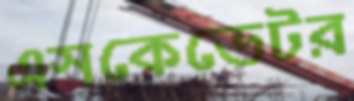
এসকেভেটর